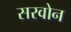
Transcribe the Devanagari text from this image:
सरवोन